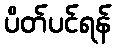
ပိတ်ပင်ရန်